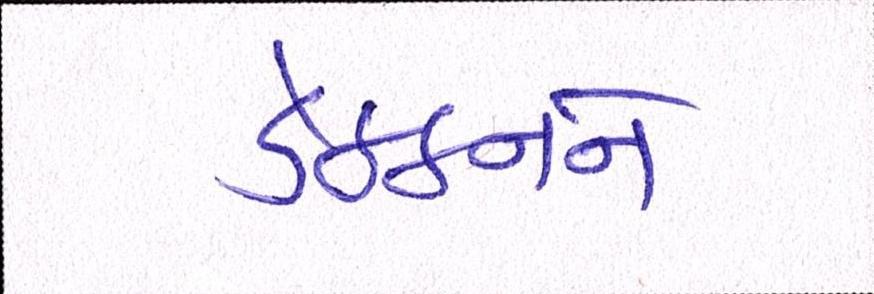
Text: ડેક્કનને